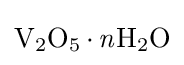
{\ce {V2O5*{\mathit {n}}H2O}}